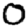
Digit: 0